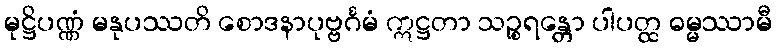
မုဋ္ဌိပဏ္ဏံ မနုပဿတိ စောဒနာပုဗ္ဗင်္ဂမံ ဣဋ္ဌတာ သဉ္စရန္တော ပါပတ္ထ ဓမ္မဿာမီ